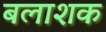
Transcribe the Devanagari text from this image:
बलाशक